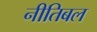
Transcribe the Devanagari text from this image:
नीतिबल